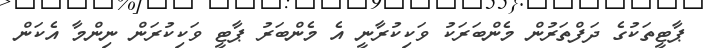
ޕާޓީތަކުގެ ދަފްތަރުން މެންބަރަކު ވަކިކުރާނީ އެ މެންބަރު ޕާޓީ ވަކިކުރަން ނިންމާ އެކަން